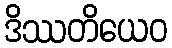
ဒိဿတိယေဝ